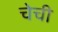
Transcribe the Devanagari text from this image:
चेची